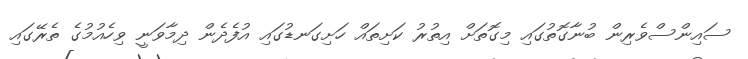
ސައިންސްވެރިން ބުނާގޮތުގައި މިގޮތަށް އިތުރު ކަށިތައް ހަށިގަނޑުގައި އުފެދެން ދިމާވަނީ ވިހެއުމުގެ ތެރޭގައި